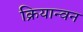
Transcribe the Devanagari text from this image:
क्रियान्‍वन